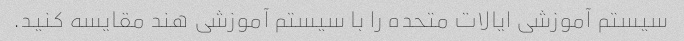
سیستم آموزشی ایالات متحده را با سیستم آموزشی هند مقایسه کنید.